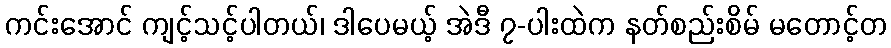
ကင်းအောင် ကျင့်သင့်ပါတယ်၊ ဒါပေမယ့် အဲဒီ ၇-ပါးထဲက နတ်စည်းစိမ် မတောင့်တ